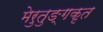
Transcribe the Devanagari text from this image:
मेरुतुङ्गकृत